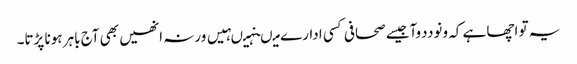
یہ تو اچھا ہے کہ ونوددوآجیسے صحافی کسی ادارے میںنہیںہیں ورنہ انھیں بھی آج باہر ہونا پڑتا۔